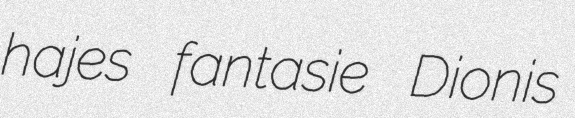
hajes fantasie Dionis